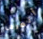
أتعرض